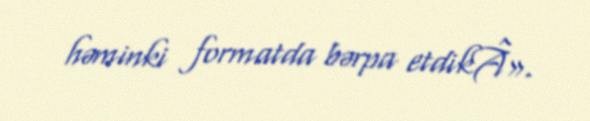
həminki formatda bərpa etdikÂ».